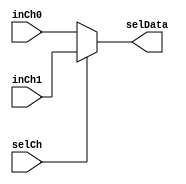
module mux (input selCh, input [31:0] inCh0, input [31:0] inCh1, output [31:0] selData);

	assign selData = selCh == 0 ? inCh0 :
			  selCh == 1 ? inCh1 : 0;

endmodule

module mux_tb;

	reg selCh;
	reg [31:0] inCh0;
	reg [31:0] inCh1;
	wire [31:0] selData;

	initial begin

		$monitor ("selCh:%d inCh0:%d inCh1:%d selData:%d", selCh, inCh0, inCh1, selData);

		#10 selCh = 0; inCh0 = 102; inCh1 = 15;
		#10 selCh = 1;
		#10 inCh0 = 53;
		#10 inCh1 = 77;
		#10 selCh = 0;

	end

	mux m1 (selCh, inCh0, inCh1, selData);

endmodule